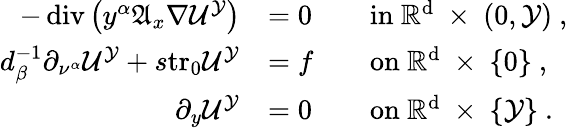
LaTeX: \begin{array}{rlrl}{-\operatorname{div}\big(y^{\alpha}\mathfrak{A}_{x}\nabla{\mathcal{U}}^{\mathcal{Y}}\big)}&{=0}&&{\mathrm{in~\mathbb{R}^{d}~\times~(0,\mathcal{Y})~},}\\ {d_{\beta}^{-1}\partial_{\nu^{\alpha}}{\mathcal{U}}^{\mathcal{Y}}+s\mathrm{tr_{0}}{\mathcal{U}}^{\mathcal{Y}}}&{=f}&&{\mathrm{on~\mathbb{R}^{d}~\times~\{ 0\} ~},}\\ {\partial_{y}{\mathcal{U}}^{\mathcal{Y}}}&{=0}&&{\mathrm{on~\mathbb{R}^{d}~\times~\{ \mathcal{Y}\} ~}.}\end{array}